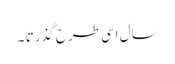
سال اسی طرح گذرتا ۔